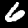
Label: 6